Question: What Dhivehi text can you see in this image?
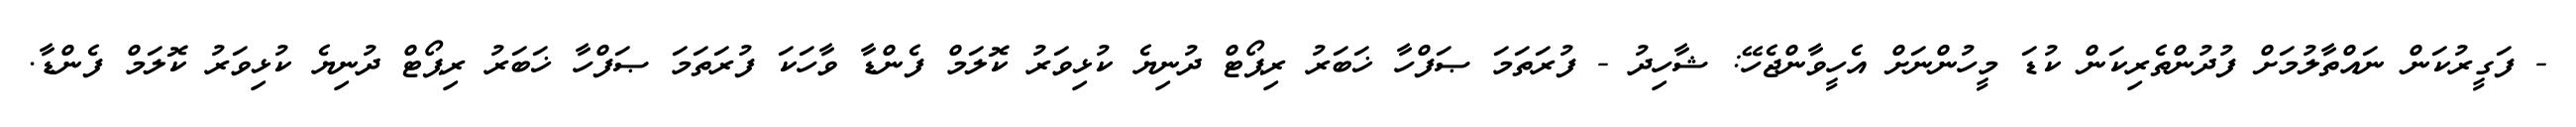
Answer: - ފަގީރުކަން ނައްތާލުމަށް ފުދުންތެރިކަން ކުޑަ މީހުންނަށް އެހީވާންޖެހޭ: ޝާހިދު - ފުރަތަމަ ޞަފްހާ ޚަބަރު ރިޕޯޓް ދުނިޔެ ކުޅިވަރު ކޮލަމް ފެންޑާ ވާހަކަ ފުރަތަމަ ޞަފްހާ ޚަބަރު ރިޕޯޓް ދުނިޔެ ކުޅިވަރު ކޮލަމް ފެންޑާ.